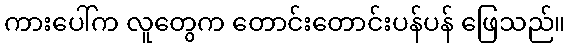
ကားပေါ်က လူတွေက တောင်းတောင်းပန်ပန် ဖြေသည်။